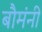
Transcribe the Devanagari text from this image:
बौमंनी